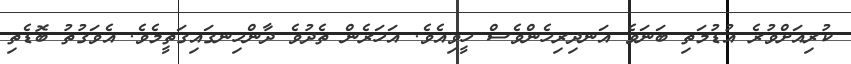
ކުރިއަށްވުރެ އުޑުމަތި ބަނަވެ އަނދިރިހެންވެސް ހީވިއެވެ. އަހަރެން ތެދުވެ ދާންހިނގައިގަތީމެވެ. އެވަގުތު ބޮޑެތި